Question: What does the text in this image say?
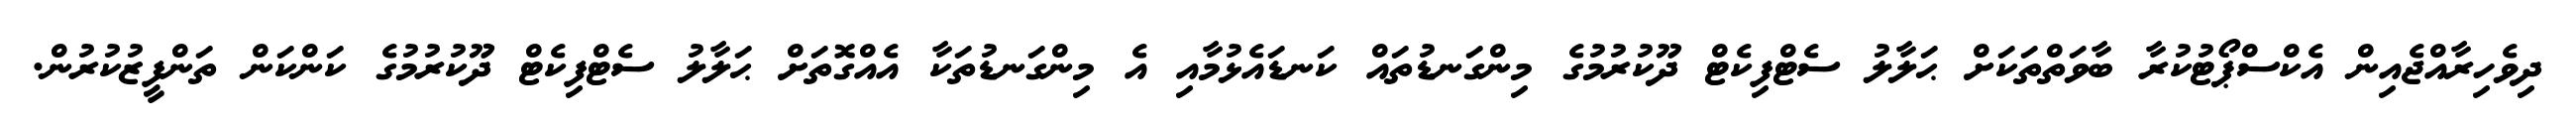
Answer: ދިވެހިރާއްޖެއިން އެކްސްޕޯޓުކުރާ ބާވަތްތަކަށް ޙަލާލު ސެޓްފިކެޓް ދޫކުރުމުގެ މިންގަނޑުތައް ކަނޑައެޅުމާއި އެ މިންގަނޑުތަކާ އެއްގޮތަށް ޙަލާލު ސެޓްފިކެޓް ދޫކުރުމުގެ ކަންކަން ތަންފީޒުކުރުން.